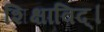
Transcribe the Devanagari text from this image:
शिक्षाविद्।